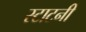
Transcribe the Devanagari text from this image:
स्टाटनी